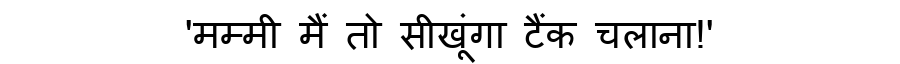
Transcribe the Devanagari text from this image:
'मम्मी मैं तो सीखूंगा टैंक चलाना!'